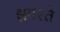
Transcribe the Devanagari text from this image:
झगरते